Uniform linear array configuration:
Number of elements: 12
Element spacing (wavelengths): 0.25
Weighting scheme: binomial
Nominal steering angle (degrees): -15
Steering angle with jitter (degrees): -13.385
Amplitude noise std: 0.05
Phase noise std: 0.05

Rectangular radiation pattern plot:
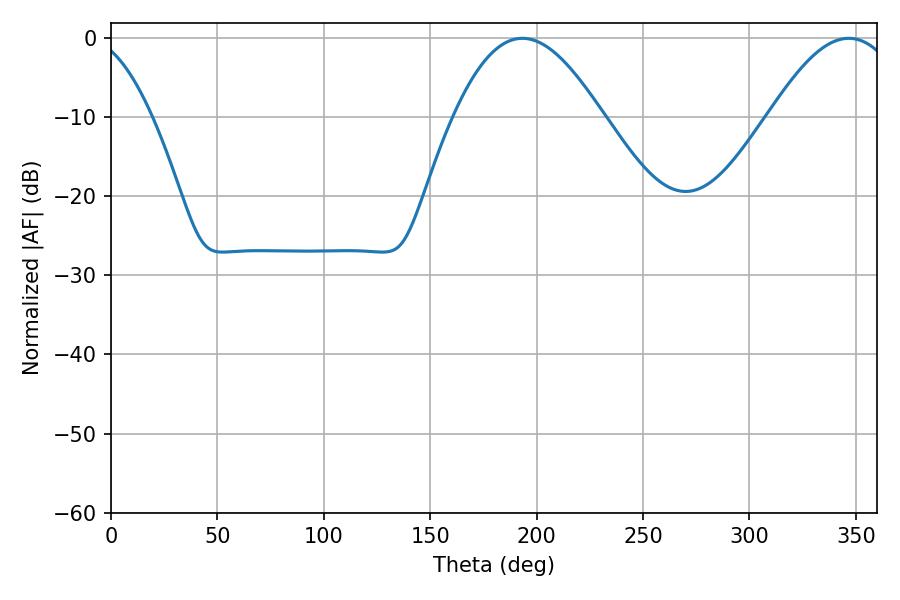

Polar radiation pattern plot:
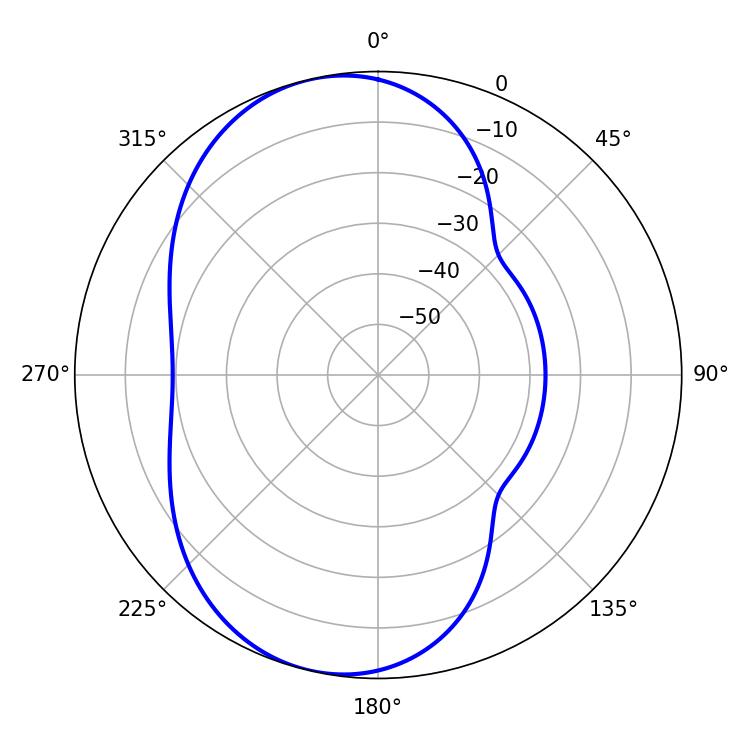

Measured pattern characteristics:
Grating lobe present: FALSE
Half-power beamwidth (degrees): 37.98
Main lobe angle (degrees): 193.32